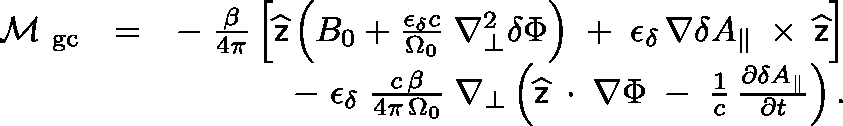
\begin{array} { r l r } { \mathrm { \boldmath ~ \cal ~ M ~ } _ { \mathrm { g c } } } & { = } & { - \; \frac { \beta } { 4 \pi } \left[ \widehat { \sf z } \left( B _ { 0 } + \frac { \epsilon _ { \delta } c } { \Omega _ { 0 } } \; \nabla _ { \bot } ^ { 2 } \delta \Phi \right) \; + \; \epsilon _ { \delta } \, \nabla \delta A _ { \| } \, \mathrm { \boldmath ~ \times ~ } \, \widehat { \sf z } \right] } \\ & { } & { - \; \epsilon _ { \delta } \; \frac { c \, \beta } { 4 \pi \, \Omega _ { 0 } } \; \nabla _ { \bot } \left( \widehat { \sf z } \, \mathrm { \boldmath ~ \cdot ~ } \, \nabla \Phi \; - \; \frac { 1 } { c } \, \frac { \partial \delta A _ { \| } } { \partial t } \right) . } \end{array}